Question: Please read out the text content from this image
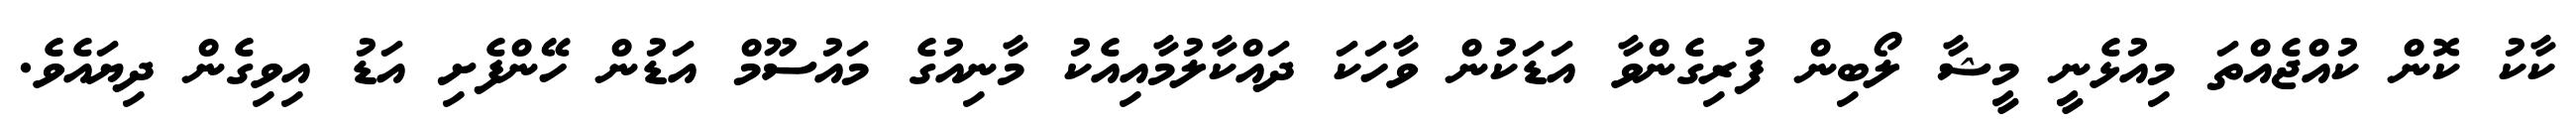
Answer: ކާކު ކޮން ކުއްޖެއްތަ މިއުޅެނީ މީޝާ ލޯބިން ފުރިގެންވާ އަޑަކުން ވާހަކަ ދައްކާލުމާއިއެކު މާނިއުގެ މައުސޫމް އަޑުން ހޭންފެށި އަޑު އިވިގެން ދިޔައެވެ.